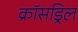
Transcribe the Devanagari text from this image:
क्रॉसड्रिल